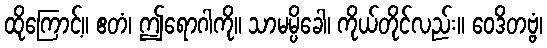
ထိုကြောင့်။ ဧတံ၊ ဤရောဂါကို။ သာမမ္ပိခေါ၊ ကိုယ်တိုင်လည်း။ ဝေဒိတဗ္ဗံ၊